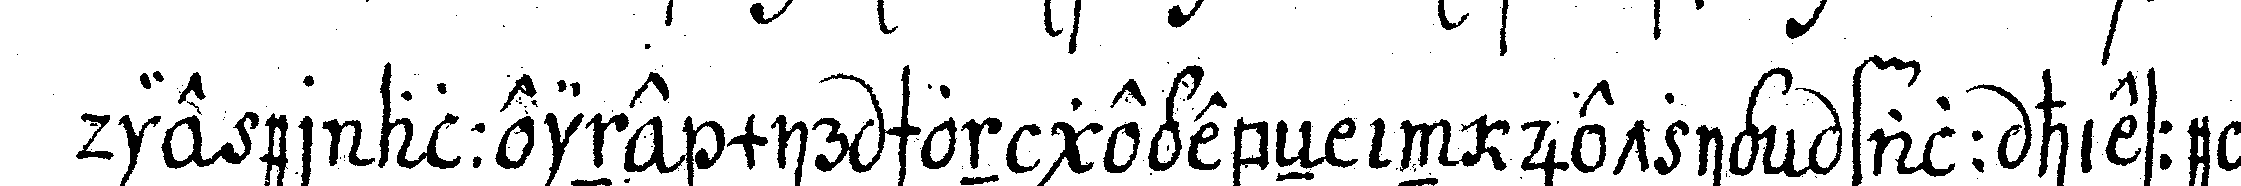
die er alleine mir schon gegebeN in jetzigeN fall hiesse es